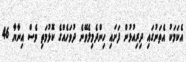
އެކަމަކު އެތަނުގައި ދިރިއުޅުން ފަށައި ހިންދެމިލެވޭނެ ދުވަހެއްގެ ކޮޅުމަތި ވެސް އިނާޔާ 46